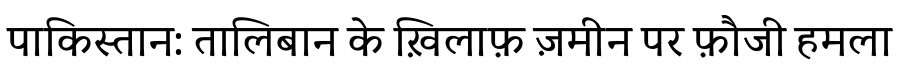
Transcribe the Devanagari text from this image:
पाकिस्तान: तालिबान के ख़िलाफ़ ज़मीन पर फ़ौजी हमला